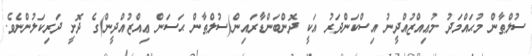
ސުލްޠާން މުޙައްމަދު މުޢިއްޒުއްދީނު އިސްކަންދަރު އަކީ ދޮންބަންޑާރައިން(ސުލްޠާން ޙަސަން ޢިއްޒުއްދީން)ގެ ދޮށީ ދަރިކަލުންނެވެ.